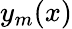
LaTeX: y_{m}(x)